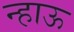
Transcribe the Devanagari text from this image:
न्हाऊ